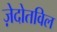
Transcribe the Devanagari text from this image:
ज़ेदोतविल